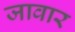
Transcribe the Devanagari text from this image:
जावार